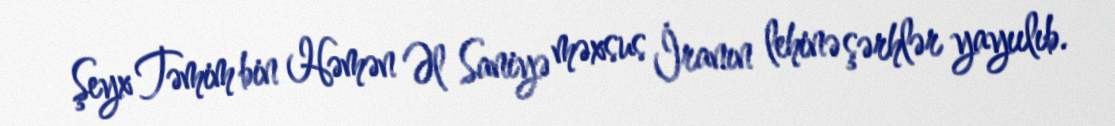
Şeyx Təmim bin Həmən Əl Saniyə məxsus İranın lehinə şərhlər yayıılıb.